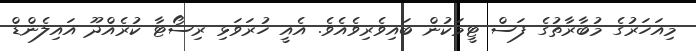
މިއަހަރުގެ މުބާރާތުގެ ފަސް ޓީމަކުން ބައިވެރިވެއެވެ. އެއީ ހުރަވަޅި ރިސޯޓާ ކުރެއްދޫ އައިލެންޑް